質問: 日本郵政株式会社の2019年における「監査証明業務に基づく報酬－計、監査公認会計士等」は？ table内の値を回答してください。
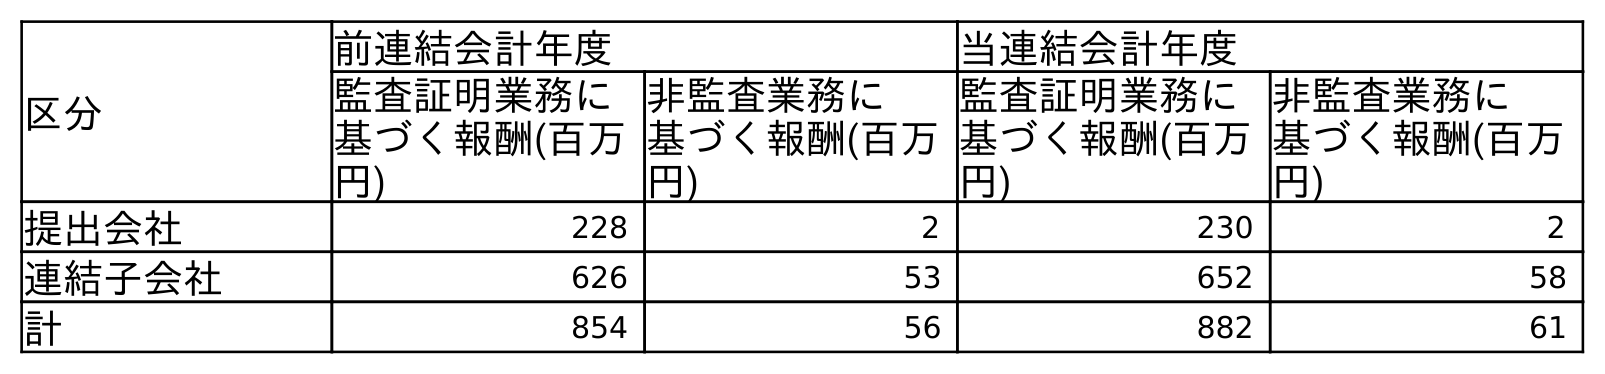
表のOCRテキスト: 区分 前連結会計年度 当連結会計年度 監査証明業務に 基づく報酬(百万 円) 非監査業務に 基づく報酬(百万 円) 監査証明業務に 基づく報酬(百万 円) 非監査業務に 基づく報酬(百万 円) 提出会社 228 2 230 2 連結子会社 626 53 652 58 計 854 56 882 61
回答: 854